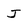
Character: J